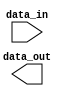
module my_task (
    input wire [7:0] data_in,
    output reg [7:0] data_out
);

task my_task_func;
    begin
        // Task functionality goes here
        data_out = data_in + 1;
    end
endtask

endmodule